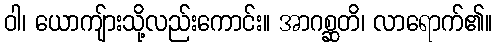
ဝါ၊ ယောကျ်ားသို့လည်းကောင်း။ အာဂစ္ဆတိ၊ လာရောက်၏။